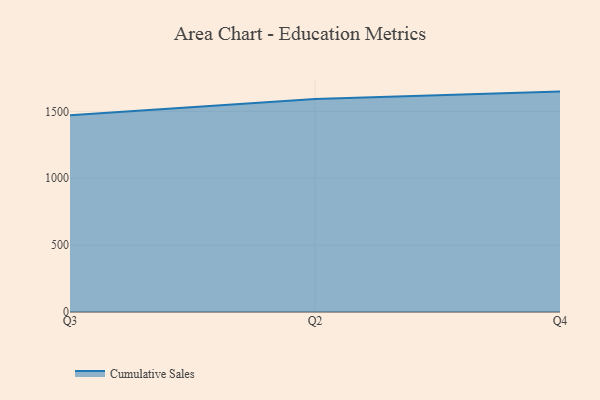
{"axis": {"x": "Quarter", "y": "Market Share (%)"}, "legend": ["Cumulative Sales"], "data": [{"x": "Q3", "y": 1470.4, "type": "Cumulative Sales"}, {"x": "Q2", "y": 1592.1, "type": "Cumulative Sales"}, {"x": "Q4", "y": 1647.8, "type": "Cumulative Sales"}]}